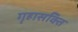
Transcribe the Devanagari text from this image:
गृहासक्ति